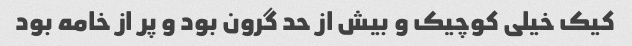
کیک خیلی کوچیک و بیش از حد گرون بود و پر از خامه بود